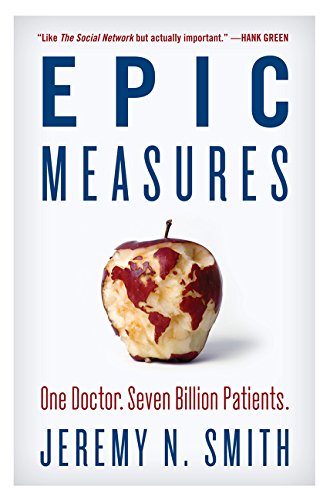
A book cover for Epic Measures: One Doctor. Seven Billion Patients.; Jeremy N. Smith; Medical Books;